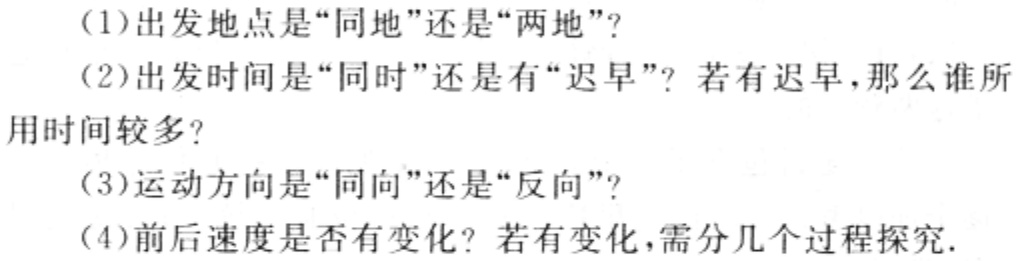
(1)出发地点是“同地”还是“两地”?
(2)出发时间是“同时”还是有“迟早”? 若有迟早,那么谁所
用时间较多?
(3)运动方向是“同向”还是“反向”?
(4)前后速度是否有变化? 若有变化,需分几个过程探究.